Report of the Indian Hemp Drugs Commission, 1894-1895 - Volume VI
Year: 1894
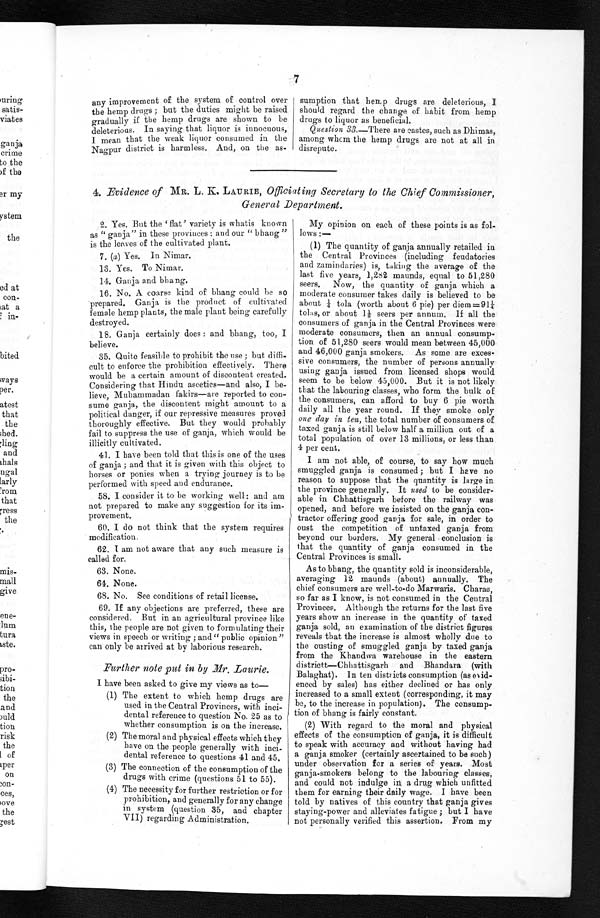
7
any improvement of the system of control over
the hemp drugs; but the duties might be raised
gradually if the hemp drugs are shown to be
deleterious. In saying that liquor is innocuous,
I mean that the weak liquor consumed in the
Nagpur district is harmless. And, on the as-
sumption that hemp drugs are deleterious, I
should regard the change of habit from hemp
drugs to liquor as beneficial.
Question 33.—There are castes, such as Dhimas,
among whom the hemp drugs are not at all in
disrepute.
4. Evidence of MR. L. K. LAURIE, Officiating Secretary to the Chief Commissioner,
General Department.
2. Yes. But the ' flat' variety is whatis known
as "ganja" in these provinces: and our "bhang"
is the leaves of the cultivated plant.
7 .
( a ) Y e s . I n N i m a r .
13. Yes. To Nimar.
14. Ganja and bhang.
16. No. A coarse kind of bhang could be so
prepared. Ganja is the product of cultivated
female hemp plants, the male plant being carefully
destroyed.
18. Ganja certainly does: and bhang, too, I
believe.
35. Quite feasible to prohibit the use; but diffi
-cult to enforce the prohibition effectively. There
would be a certain amount of discontent created.
Considering that Hindu ascetics—and also, I be
-lieve, Muhammadan fakirs—are reported to con
- s u m e g a n j a , t h e d i s c o n t e n t m i g h t a m o u n t t o a
political danger, if our repressive measures proved
thoroughly effective. But they would probably
fail to suppress the use of ganja, which would be
illicitly cultivated.
41. I have been told that this is one of the uses
of ganja; and that it is given with this object to
horses or ponies when a trying journey is to be
performed with speed and endurance.
58. I consider it to be working well: and am
not prepared to make any suggestion for its im
-provement.
60. I do not think that the system requires
modification.
62. I am not aware that any such measure is
called for.
63. None.
64. None.
68. No. See conditions of retail license.
69. If any objections are preferred, these are
considered. But in an agricultural province like
this, the people are not given to formulating their views in speech or writing; and "public opinion"
can only be arrived at by laborious research.
Further note put in by Mr. Laurie.
I have been asked to give my views as to
( 1 ) T h e e x t e n t t o w h i c h h e m p d r u g s a r e
used in the Central Provinces, with inci--
dental reference to question No. 25 as to
whether consumption is on the increase.
( 2 ) T h e m o r a l a n d p h y s i c a l e f f e c t s w h i c h t h e y
have on the people generally with inci
- d e n t a l r e f e r e n c e t o q u e s t i o n s 4 1 a n d 4 5 .
( 3 ) T h e c o n n e c t i o n o f t h e c o n s u m p t i o n o f t h e
drugs with crime (questions 51 to 55).
( 4 ) T h e n e c e s s i t y f o r f u r t h e r r e s t r i c t i o n o r f o r
prohibition, and generally for any change
in system (question 35, and chapter
VII) regarding Administration.
My opinion on each of these points is as fol
- l o w s : —
(1) The quantity of ganja annually retailed in
the Central Provinces (including feudatories
and zamindaries) is, taking the average of the
last five years, 1,282 maunds, equal to 51,280
seers. Now, the quantity of ganja which a
moderate consumer takes daily is believed to be
about ¼t o l a ( w o r t h a b o u t 6 p i e ) p e r d i e m = 9 1 ¼
tolas, or about 1⅛ seers per annum. If all the
consumers of ganja in the Central Provinces were
moderate consumers, then an annual consump
- t i o n o f 5 1 , 2 8 0 s e e r s w o u l d m e a n b e t w e e n 4 5 , 0 0 0
and 46,000 ganja smokers. As some are exces
- s i v e c o n s u m e r s , t h e n u m b e r o f p e r s o n s a n n u a l l y
using ganja issued from licensed shops would
seem to be below 45,000. But it is not likely
that the labouring classes, who form the bulk of
the consumers, can afford to buy 6 pie worth
daily all the year round. If they smoke only
one day in ten, the total number of consumers of
taxed ganja is still below half a million out of a
total population of over 13 millions, or less than
4 per cent.
I am not able, of course, to say how much
smuggled ganja is consumed; but I have no
reason to suppose that the quantity is large in
the province generally. It used to be consider
- a b l e i n C h h a t t i s g a r h b e f o r e t h e r a i l w a y w a s
opened, and before we insisted on the ganja con
-tractor offering good ganja for sale, in order to
oust the competition of untaxed ganja from
beyond our borders. My general conclusion is
that the quantity of ganja consumed in the
Central Provinces is small.
As to bhang, the quantity sold is inconsiderable,
averaging 12 maunds (about) annually. The
chief consumers are well-to-do Marwaris. Charas,
so far as I know, is not consumed in the Central
Provinces. Although the returns for the last five
years show an increase in the quantity of taxed
ganja sold, an examination of the district figures
reveals that the increase is almost wholly due to
the ousting of smuggled ganja by taxed ganja
from the Khandwa warehouse in the eastern
districtt—Chhattisgarh and Bhandara (with
Balaghat). In ten districts consumption (as evid
-enced by sales) has either declined or has only
increased to a small extent (corresponding, it may
be, to the increase in population). The consump
-tion of bhang is fairly constant.
(2) With regard to the moral and physical
effects of the consumption of ganja, it is difficult
to speak with accuracy and without having had
a ganja smoker (certainly ascertained to be such)
under observation for a series of years. Most
ganja-smokers belong to the labouring classes,
and could not indulge in a drug which unfitted
them for earning their daily wage. I have been
told by natives of this country that ganja gives
staying-power and alleviates fatigue; but I have
not personally verified this assertion. From my